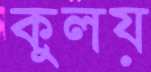
কুলয়